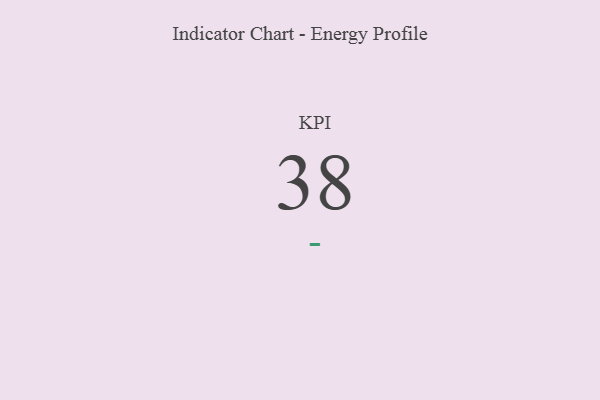
{"axis": {"x": "KPI", "y": "Value"}, "legend": [""], "data": [{"x": "KPI", "y": 38, "type": ""}]}